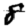
Digit: 8